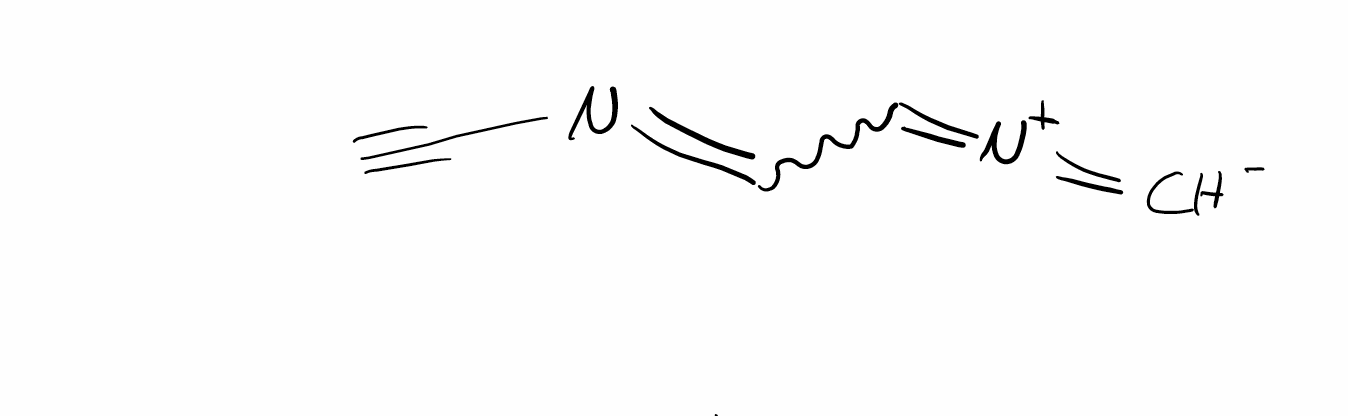
Simplified molecular-input line-entry system (SMILES) notation of the given molecule:
[CH-]=[N+]=CC=NC#C